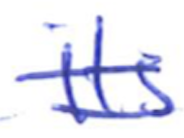
Text: its
Cross-out: double-line
Writing tool: ballpoint